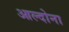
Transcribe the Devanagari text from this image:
आल्दोना